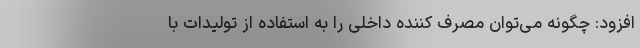
افزود: چگونه می‌توان مصرف کننده داخلی را به استفاده از تولیدات با